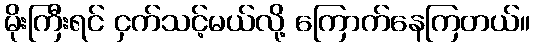
မိုးကြီးရင် ငှက်သင့်မယ်လို့ ကြောက်နေကြတယ်။